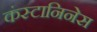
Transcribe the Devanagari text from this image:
कंस्टानिनेस